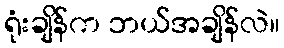
ရုံးချိန်က ဘယ်အချိန်လဲ။